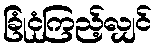
ခြုံငုံကြည့်လျှင်